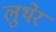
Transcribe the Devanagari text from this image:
लुथेर